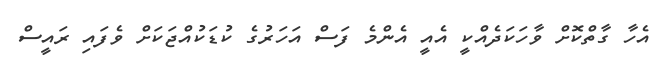
އެހާ ގާތްކޮށް ވާހަކަދެއްކީ އެއީ އެންމެ ފަސް އަހަރުގެ ކުޑަކުއްޖަކަށް ވެފައި ރައީސް